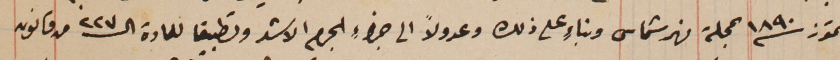
تموز سنة ١٨٩٠ بمحلة نهر شماس وبناءٍ على ذلك وعدولاً الى جزاءِ الجرم الاشد وتطبيقا للمادة الـ٢٢٧ من قانون